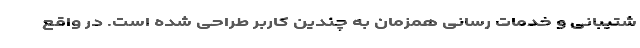
شتیبانی و خدمات رسانی همزمان به چندین کاربر طراحی شده است. در واقع